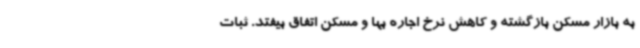
به بازار مسکن بازگشته و کاهش نرخ اجاره بها و مسکن اتفاق بیفتد. ثبات